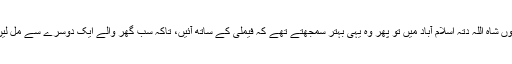
راولپنڈی آفندی کالونی سے آنا ہوتا تھا اور وہ بھی ان دنوں شاہ اللہ دتہ اسلام آباد میں تو پھر وہ یہی بہتر سمجھتے تھے کہ فیملی کے ساتھ آئیں، تاکہ سب گھر والے ایک دوسرے سے مل لیں، لیکن اس مرتبہ انھوں نے اکیلے ہی آنے کا ارادہ کیا۔